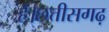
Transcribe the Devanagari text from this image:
है।छत्तीसगढ़